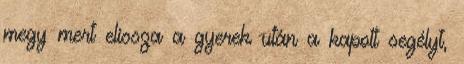
megy mert elissza a gyerek után a kapott segélyt,